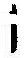
1